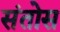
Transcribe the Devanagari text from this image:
संतोस